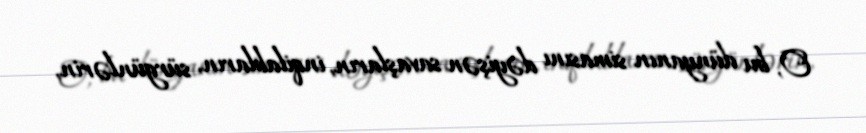
O, bu dünyanın simasını dəyişən savaşların, inqilabların, sürgünlərin,